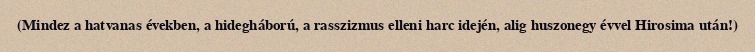
(Mindez a hatvanas években, a hidegháború, a rasszizmus elleni harc idején, alig huszonegy évvel Hirosima után!)